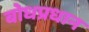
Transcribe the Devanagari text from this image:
बोधप्रधान